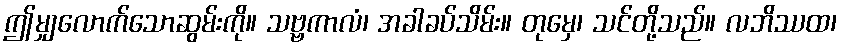
ဤမျှလောက်သောဆွမ်းကို။ သဗ္ဗကာလံ၊ အခါခပ်သိမ်း။ တုမှေ၊ သင်တို့သည်။ လဘိဿထ၊